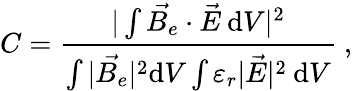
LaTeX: C=\frac{|\int\vec{B_{e}}\cdot\vec{E}\: \mathrm{d}V|^{2}}{\int|\vec{B_{e}}|^{2}\mathrm{d}V\int\varepsilon_{r}|\vec{E}|^{2}\: \mathrm{d}V}~,